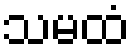
သမထံ